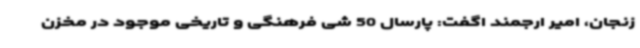
زنجان، امیر ارجمند اگفت: پارسال 50 شی فرهنگی و تاریخی موجود در مخزن